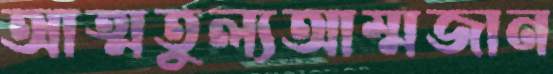
আত্মতুল্যআম্মজান